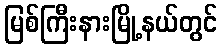
မြစ်ကြီးနားမြို့နယ်တွင်